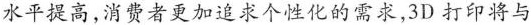
水平提高,消费者更加追求个性化的需求,3D 打印将与